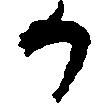
か